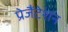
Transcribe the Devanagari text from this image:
प्रेजैंटेशन